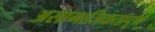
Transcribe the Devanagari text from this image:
असामाजिकतापूर्ण